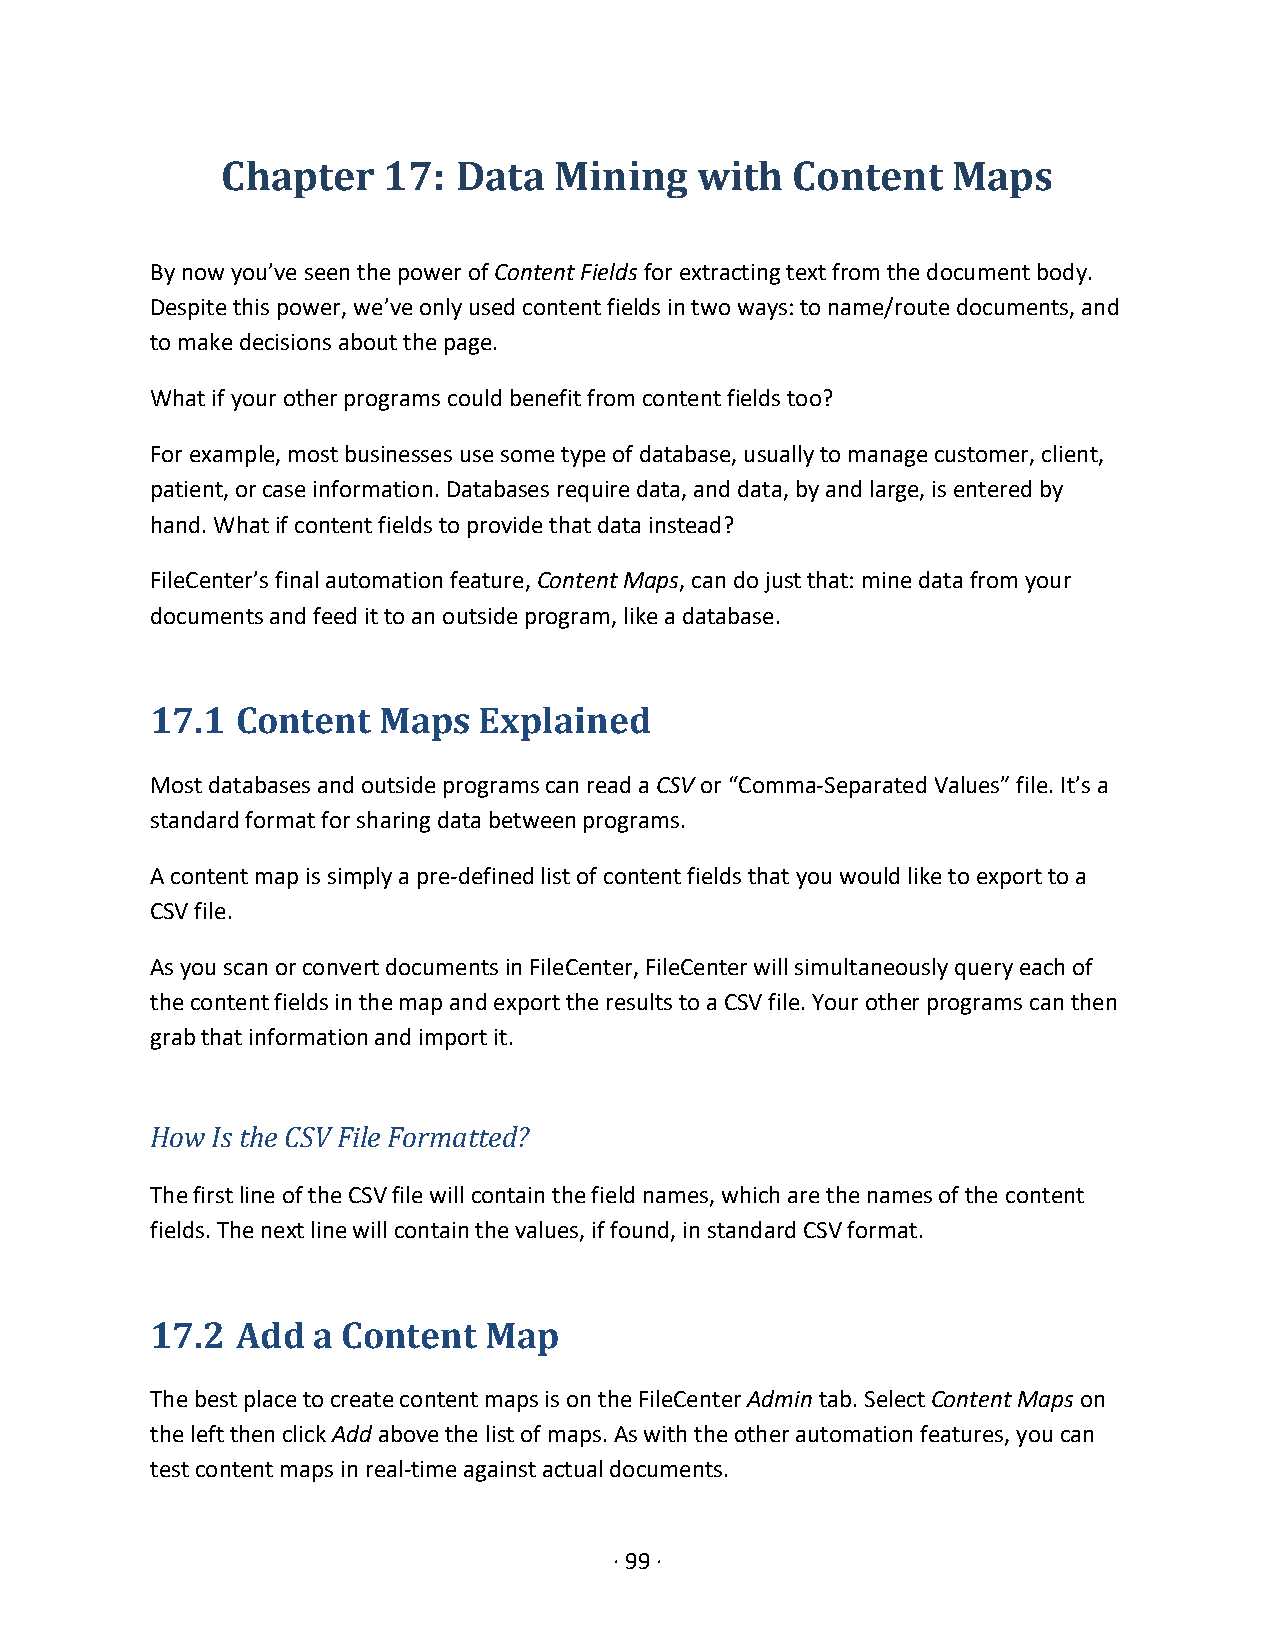
Chapter   17:  Data   Mining   with  Content    Maps
 By now you’ve seen the power of Content Fields for extracting text from the document body.
 Despite this power, we’ve only used content fields in two ways: to name/route documents, and
 to make decisions about the page.
 What if your other programs could benefit from content fields too?
 For example, most businesses use some type of database, usually to manage customer, client,
 patient, or case information. Databases require data, and data, by and large, is entered by
 hand. What if content fields to provide that data instead?
 FileCenter’s final automation feature, Content Maps, can do just that: mine data from your
 documents and feed it to an outside program, like a database.
 17.1  Content  Maps   Explained
 Most databases and outside programs can read a CSV or “Comma-Separated Values” file. It’s a
 standard format for sharing data between programs.
 A content map is simply a pre-defined list of content fields that you would like to export to a
 CSV file.
 As you scan or convert documents in FileCenter, FileCenter will simultaneously query each of
 the content fields in the map and export the results to a CSV file. Your other programs can then
 grab that information and import it.
 How Is the CSV File Formatted?
 The first line of the CSV file will contain the field names, which are the names of the content
 fields. The next line will contain the values, if found, in standard CSV format.
 17.2  Add  a Content  Map
 The best place to create content maps is on the FileCenter Admin tab. Select Content Maps on
 the left then click Add above the list of maps. As with the other automation features, you can
 test content maps in real-time against actual documents.
 · 99 ·